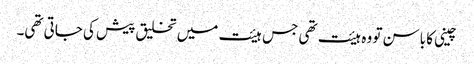
چینی کا باسن تو وہ ہیئت تھی جس ہیئت میں تخلیق پیش کی جاتی تھی۔